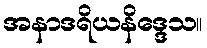
အနာဒရိယနိဒ္ဒေသ။